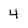
Character: 4